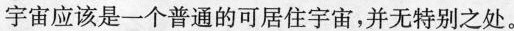
宇宙应该是一个普通的可居住宇宙，并无特别之处。